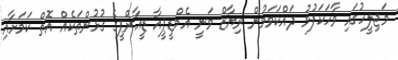
މަޖިލީހުގައި ވާހަކަފުޅު ދައްކަވަމުން ރިޔާޒް ވަނީ އެމްޑީޕީއާ ޑީއާރްޕީގެ ގުޅުންތަކެއް އޮތް ކަމަށާއި